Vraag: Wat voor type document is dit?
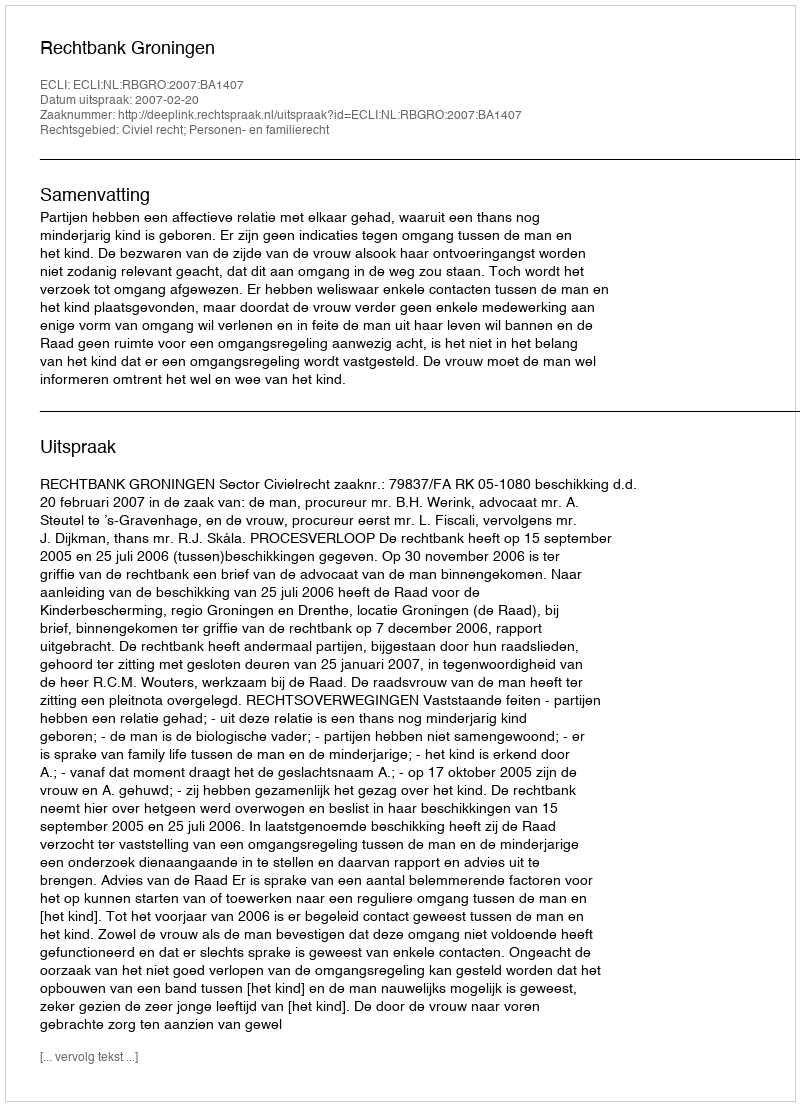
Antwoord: Uitspraak